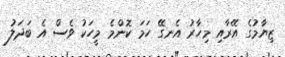
ޒިޔާމުގެ އޭރާއި މިހާރު އެނގޭ ހަމަ ކޮންމެ މީހަކު ވެސް އެ ބަދަލު